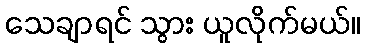
သေချာရင် သွား ယူလိုက်မယ်။